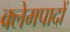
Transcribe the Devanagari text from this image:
क्लेमपादों